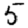
Digit: 5